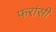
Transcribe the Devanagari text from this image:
फरांसी